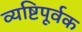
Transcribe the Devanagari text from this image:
व्यष्टिपूर्वक